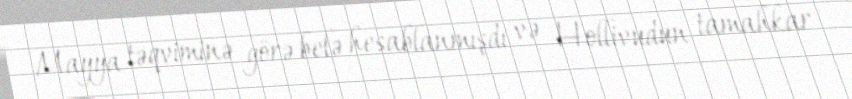
Mayya təqviminə görə belə hesablanmışdı və Hollivudun tamahkar